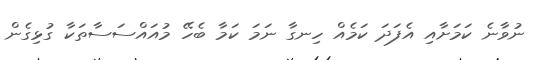
ނުވާނެ ކަމަށާއި އެފަދަ ކަމެެއް ހިނގާ ނަމަ ކަމާ ބެހޭ މުއައްސަސާތަކާ ގުޅިގެން